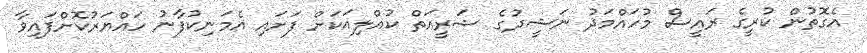
އެގޮތުން ކުރީގެ ރައީސް މުހައްމަދު ނަޝީދުގެ ޝަރީއަތް ކުއްލިއަކަށް ފަށައި އެމަނިކުފާނު ހައްޔަރުކޮށްފައިވާ